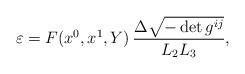
LaTeX: \begin{align*} {\varepsilon}=F(x^0,x^1,Y)\,\frac{\Delta\sqrt{-\det g^{ij}}}{{L}_2{L}_3},\end{align*}